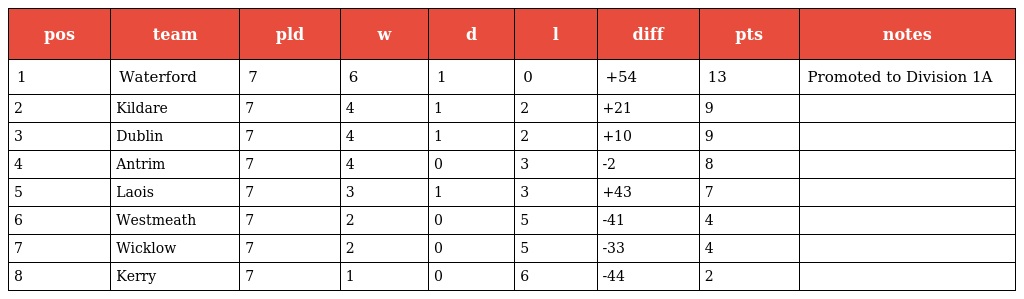
| pos | team | pld | w | d | l | diff | pts | notes |
 | --- | --- | --- | --- | --- | --- | --- | --- | --- |
 | 1 | Waterford | 7 | 6 | 1 | 0 | +54 | 13 | Promoted to Division 1A |
 | 2 | Kildare | 7 | 4 | 1 | 2 | +21 | 9 |  |
 | 3 | Dublin | 7 | 4 | 1 | 2 | +10 | 9 |  |
 | 4 | Antrim | 7 | 4 | 0 | 3 | -2 | 8 |  |
 | 5 | Laois | 7 | 3 | 1 | 3 | +43 | 7 |  |
 | 6 | Westmeath | 7 | 2 | 0 | 5 | -41 | 4 |  |
 | 7 | Wicklow | 7 | 2 | 0 | 5 | -33 | 4 |  |
 | 8 | Kerry | 7 | 1 | 0 | 6 | -44 | 2 |  |